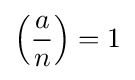
\left({\frac {a}{n}}\right)=1